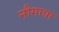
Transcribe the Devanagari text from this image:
नौगावा